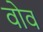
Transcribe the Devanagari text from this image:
वोव